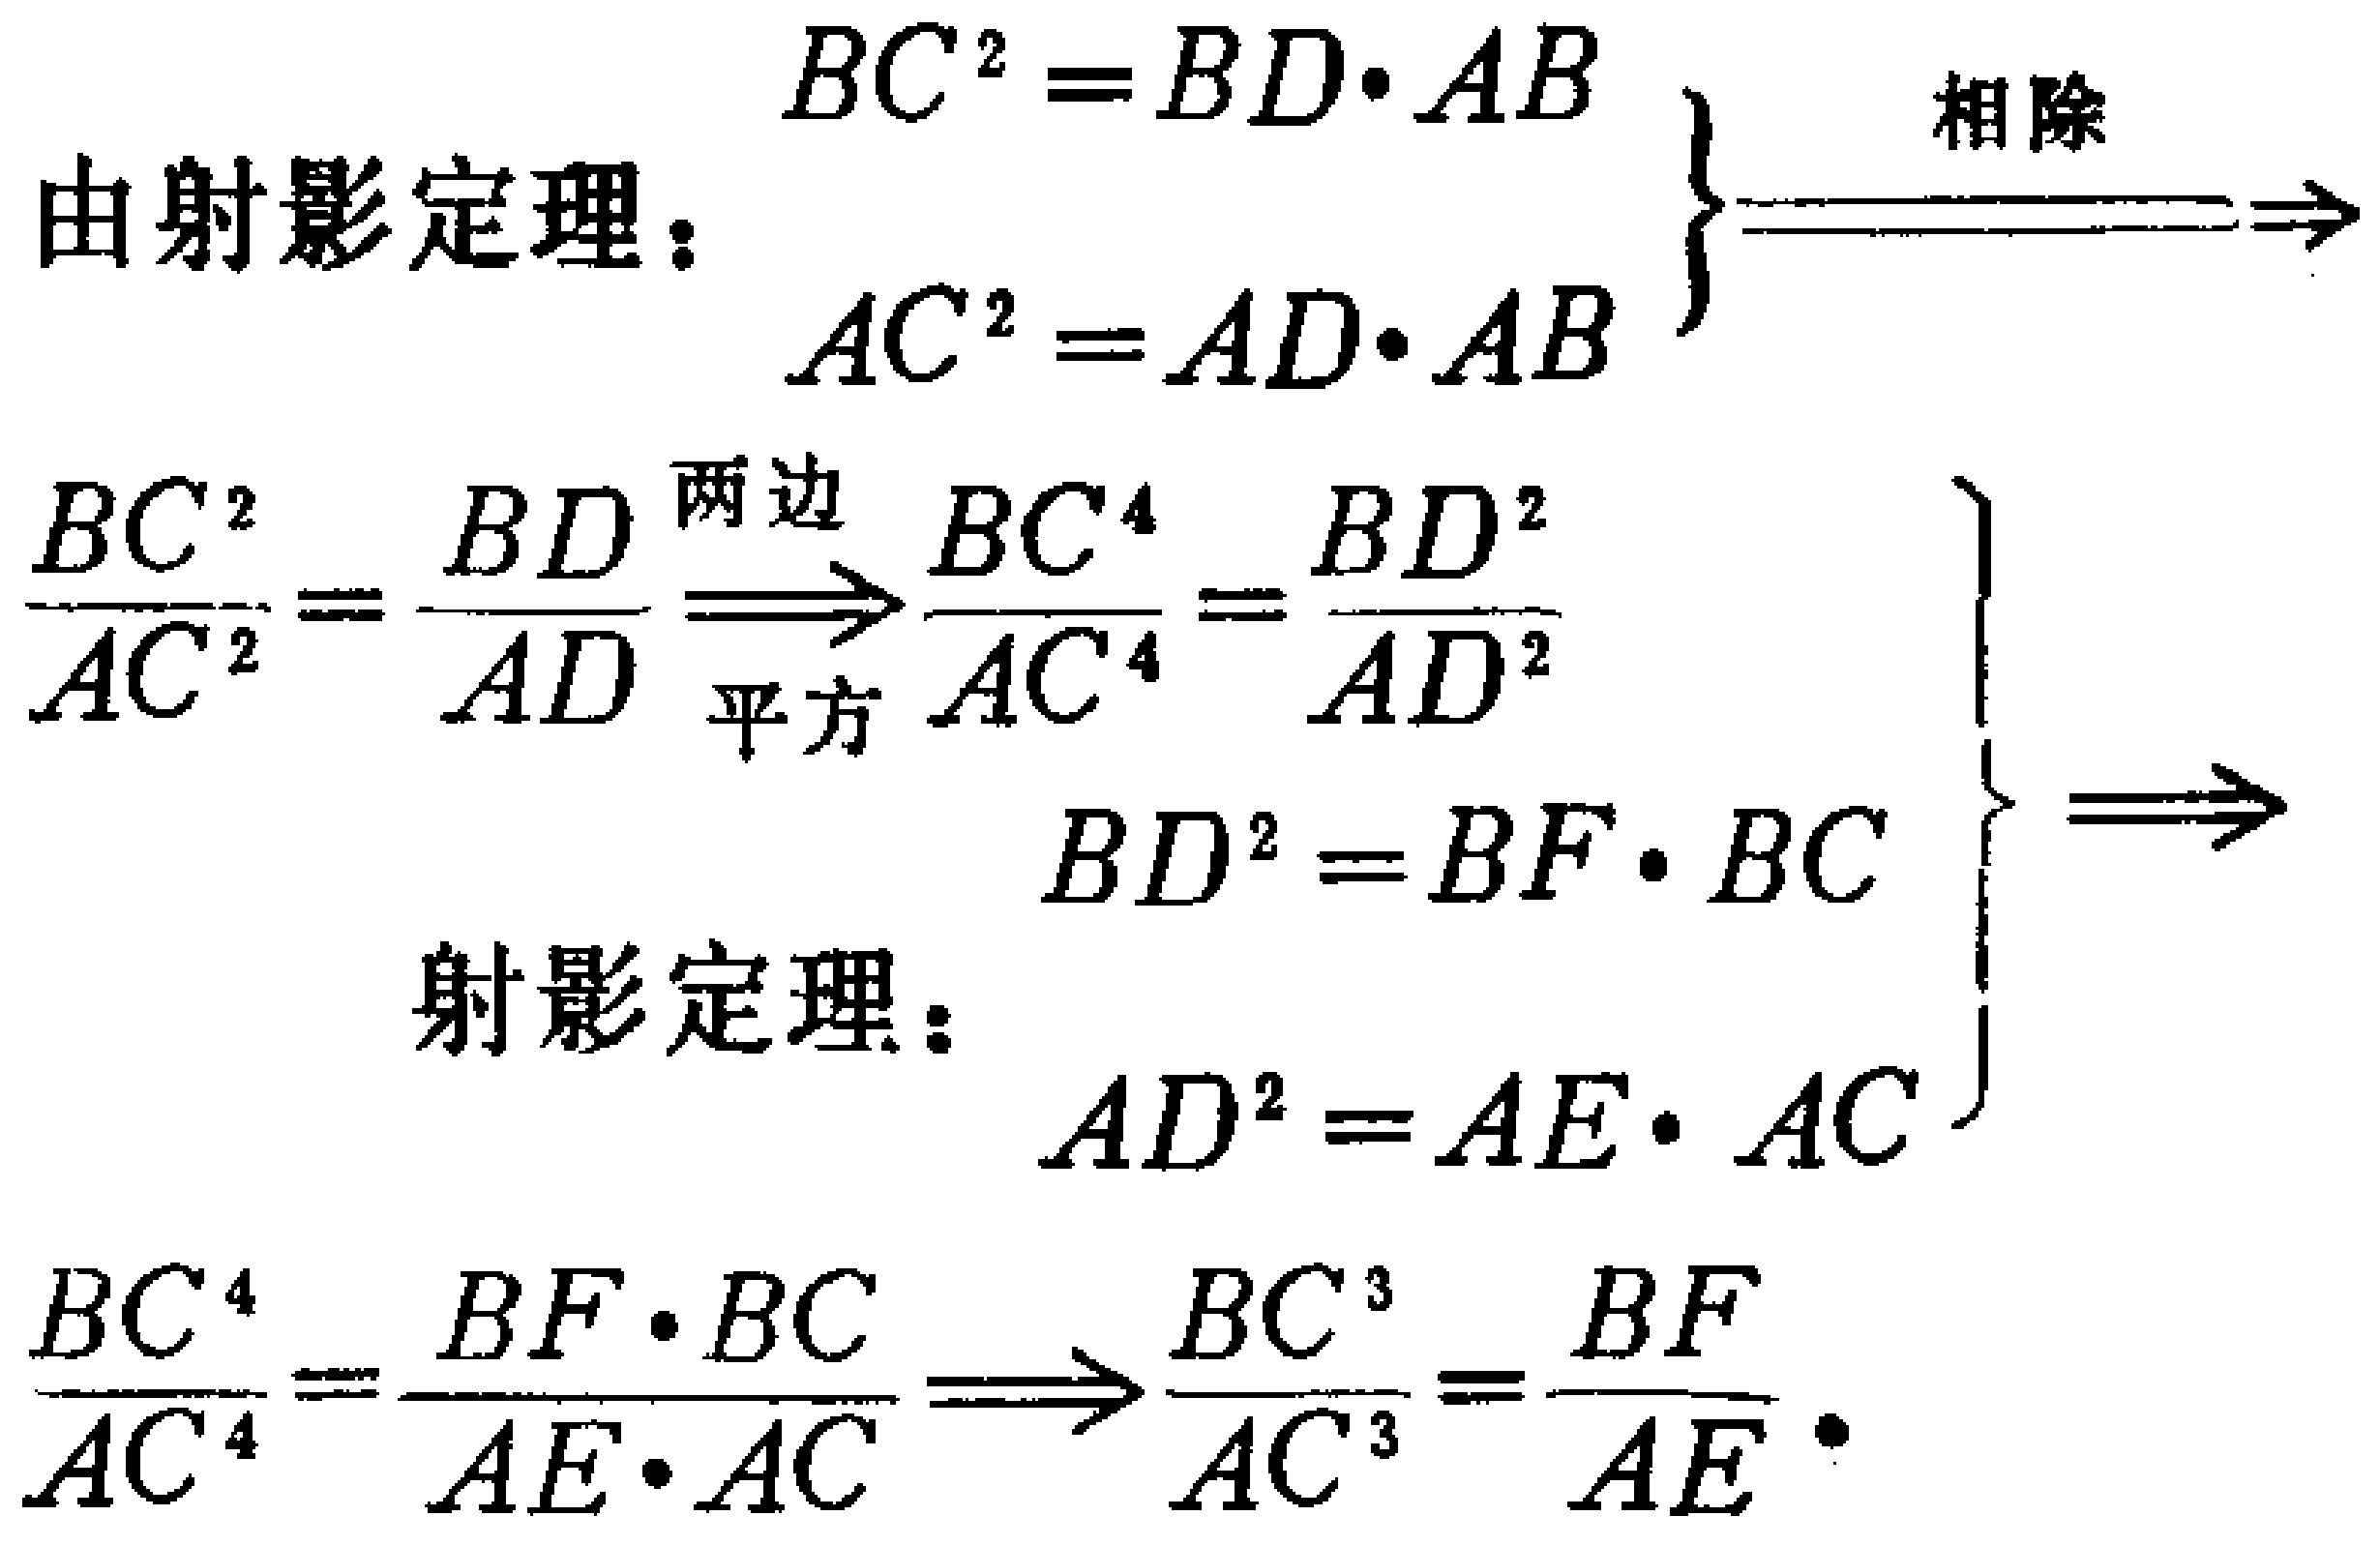
由射影定理：

\[

\begin{align*}

BC^{2}&=BD\cdot AB\\

AC^{2}&=AD\cdot AB

\end{align*}

\]

\(\left.\begin{array}{l}\text{相除}\end{array}\right\}\Rightarrow\)

\[

\begin{align*}

\frac{BC^{2}}{AC^{2}}&=\frac{BD}{AD}\stackrel{\text{两边}}{\longrightarrow}\frac{BC^{4}}{AC^{4}}&=\frac{BD^{2}}{AD^{2}}

\end{align*}

\]

射影定理：

\[

\begin{align*}

BD^{2}&=BF\cdot BC\\

AD^{2}&=AE\cdot AC

\end{align*}

\]

\(\left.\begin{array}{l}\end{array}\right\}\Rightarrow\)

\[

\begin{align*}

\frac{BC^{4}}{AC^{4}}&=\frac{BF\cdot BC}{AE\cdot AC}\Rightarrow\frac{BC^{3}}{AC^{3}}&=\frac{BF}{AE}

\end{align*}

\]